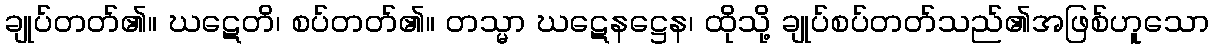
ချုပ်တတ်၏။ ဃဋေတိ၊ စပ်တတ်၏။ တသ္မာ ဃဋေနဋ္ဌေန၊ ထိုသို့ ချုပ်စပ်တတ်သည်၏အဖြစ်ဟူသော